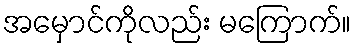
အမှောင်ကိုလည်း မကြောက်။